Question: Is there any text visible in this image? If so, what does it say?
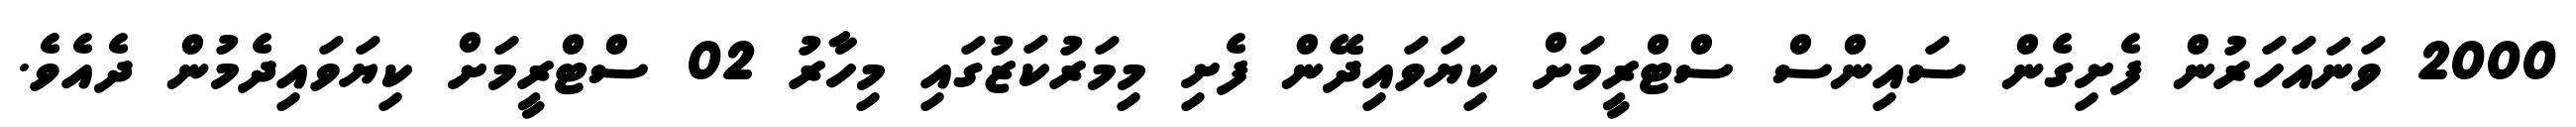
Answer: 2000 ވަނައަހަރުން ފެށިގެން ސައިންސް ސްޓްރީމަށް ކިޔަވައިދޭން ފެށި މިމަރުކަޒުގައި މިހާރު 02 ސްޓްރީމަށް ކިޔަވައިދެމުން ދެއެވެ.